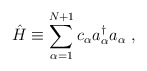
\begin{align*} \hat H \equiv \sum^{N+1}_{\alpha=1}c_\alpha a_\alpha^\dagger a_\alpha\ ,\end{align*}